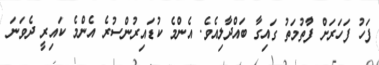
ފަހު ފަހަރަށް ފާުތުމަތު ގައިގާ ބައްދާލިއެވެ. އެންމެ ކުޑައިރުންސުރެ އެންމެ ކައިރީ ދެވަނަ